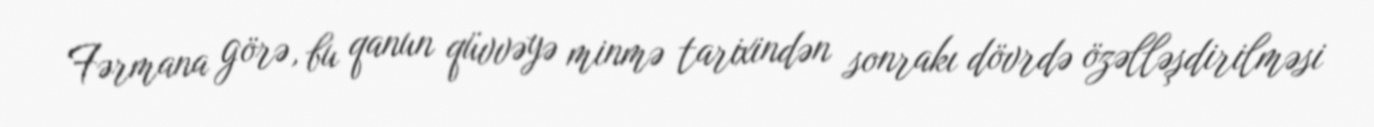
Fərmana görə, bu qanun qüvvəyə minmə tarixindən sonrakı dövrdə özəlləşdirilməsi